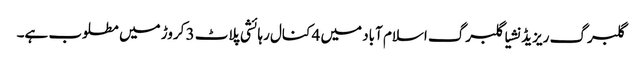
گلبرگ ریزیڈنشیا گلبرگ اسلام آباد میں 4 کنال رہائشی پلاٹ 3 کروڑ میں مطلوب ہے۔